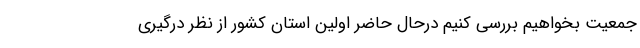
جمعیت بخواهیم بررسی کنیم درحال حاضر اولین استان کشور از نظر درگیری